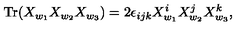
\mathrm { T r } ( X _ { w _ { 1 } } X _ { w _ { 2 } } X _ { w _ { 3 } } ) = 2 \epsilon _ { i j k } X _ { w _ { 1 } } ^ { i } X _ { w _ { 2 } } ^ { j } X _ { w _ { 3 } } ^ { k } ,